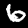
Digit: 6